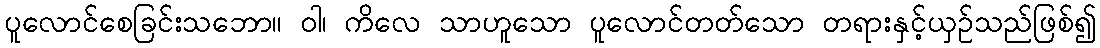
ပူလောင်စေခြင်းသဘော။ ဝါ၊ ကိလေ သာဟူသော ပူလောင်တတ်သော တရားနှင့်ယှဉ်သည်ဖြစ်၍